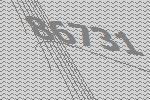
86731